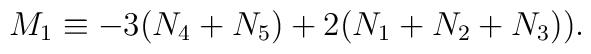
M_1 \equiv -3(N_4+N_5) + 2(N_1+N_2+N_3)) .